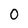
Character: 0